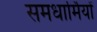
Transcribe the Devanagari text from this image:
समधार्मियों